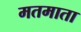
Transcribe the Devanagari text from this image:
मतमाता